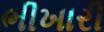
ભીખારી